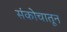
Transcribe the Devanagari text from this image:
संकोचातून